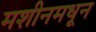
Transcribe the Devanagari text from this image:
मशीनमधून